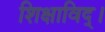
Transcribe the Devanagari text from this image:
शिक्षाविद्।